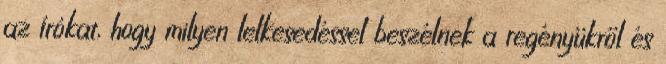
az írókat, hogy milyen lelkesedéssel beszélnek a regényükről és